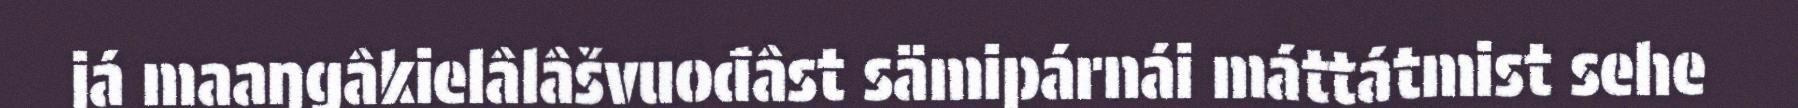
já maaŋgâkielâlâšvuođâst sämipárnái máttátmist sehe